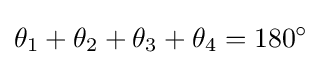
\theta _{1}+\theta _{2}+\theta _{3}+\theta _{4}=180^{\circ }